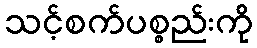
သင့်စက်ပစ္စည်းကို